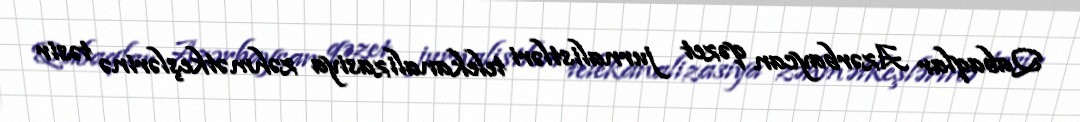
Qabaqlar Azərbaycan qəzet jurnalistləri telekanalizasiya zəhmətkeşlərinə təsir